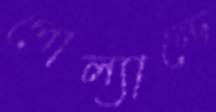
পোল্যান্ডে